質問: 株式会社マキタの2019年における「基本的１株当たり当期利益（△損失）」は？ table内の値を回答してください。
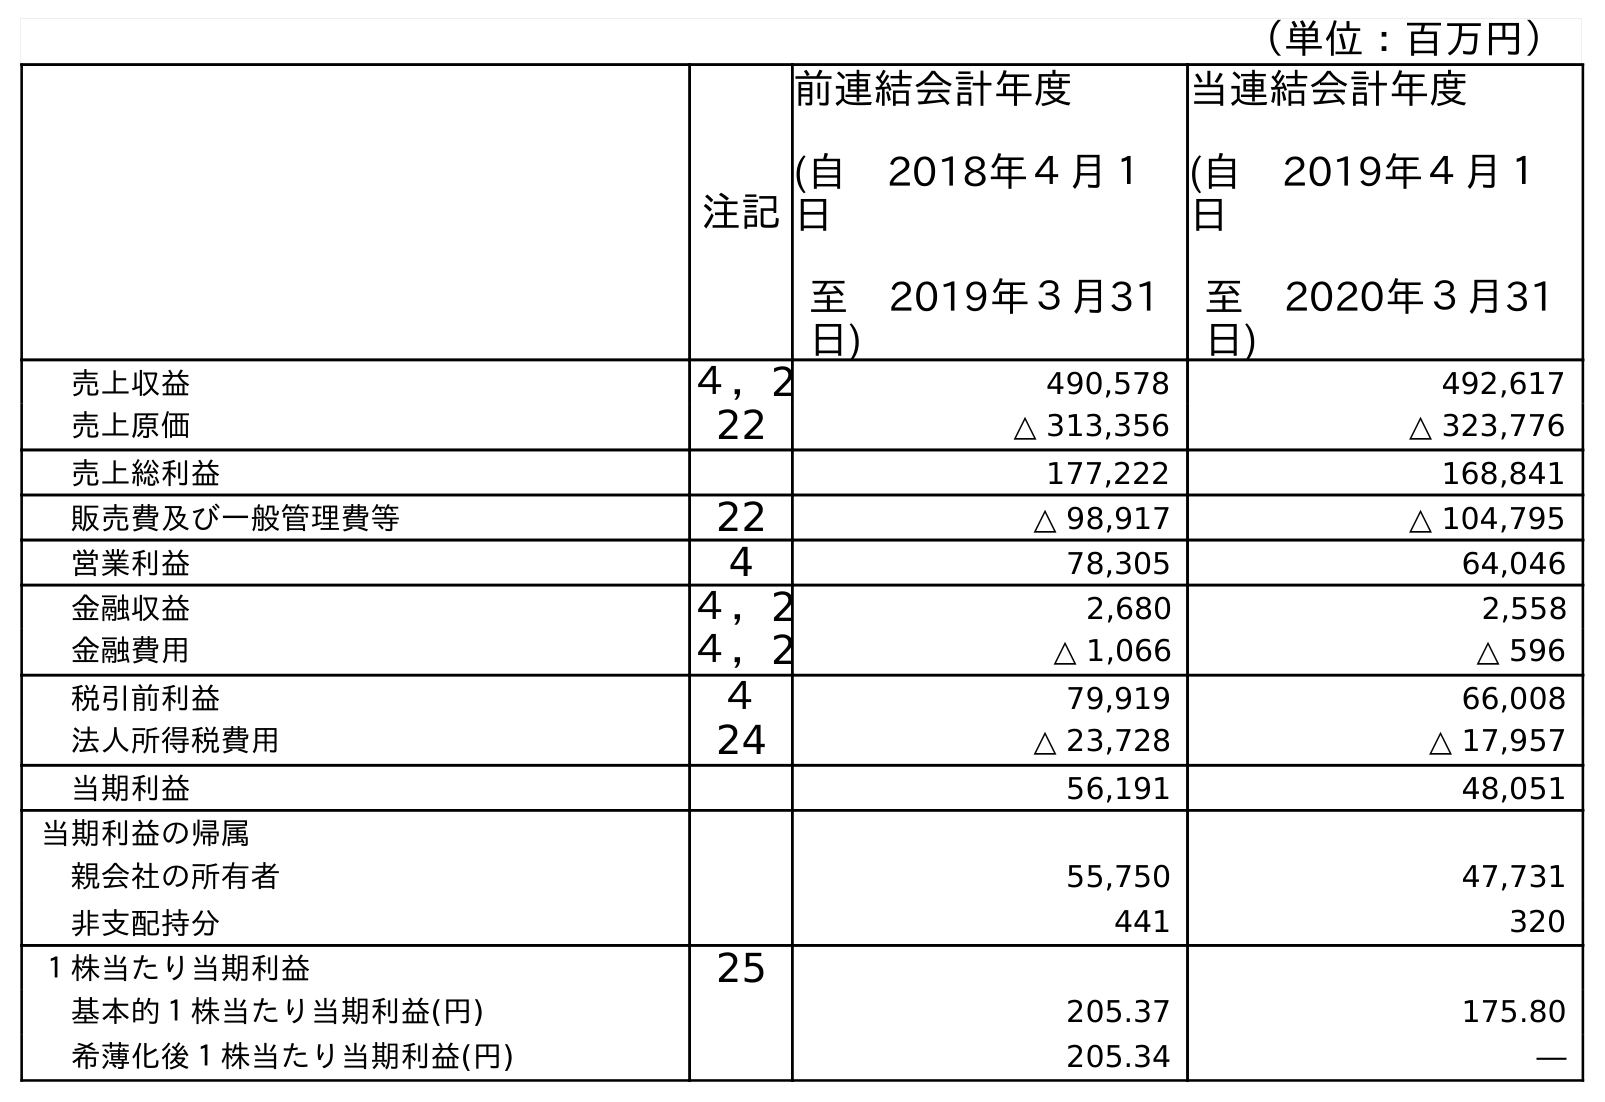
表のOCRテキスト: （単位：百万円） 注記 前連結会計年度 (自 2018年４月１ 日 至 2019年３月31 日) 当連結会計年度 (自 2019年４月１ 日 至 2020年３月31 日) 売上収益 ４，2 490,578 492,617 売上原価 22 △ 313,356 △ 323,776 売上総利益 177,222 168,841 販売費及び一般管理費等 22 △ 98,917 △ 104,795 営業利益 4 78,305 64,046 金融収益 ４，2 2,680 2,558 金融費用 ４，2 △ 1,066 △ 596 税引前利益 ４ 79,919 66,008 法人所得税費用 24 △ 23,728 △ 17,957 当期利益 56,191 48,051 当期利益の帰属 親会社の所有者 55,750 47,731 非支配持分 441 320 １株当たり当期利益 25 基本的１株当たり当期利益(円) 205.37 175.80 希薄化後１株当たり当期利益(円) 205.34 ―
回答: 205.37